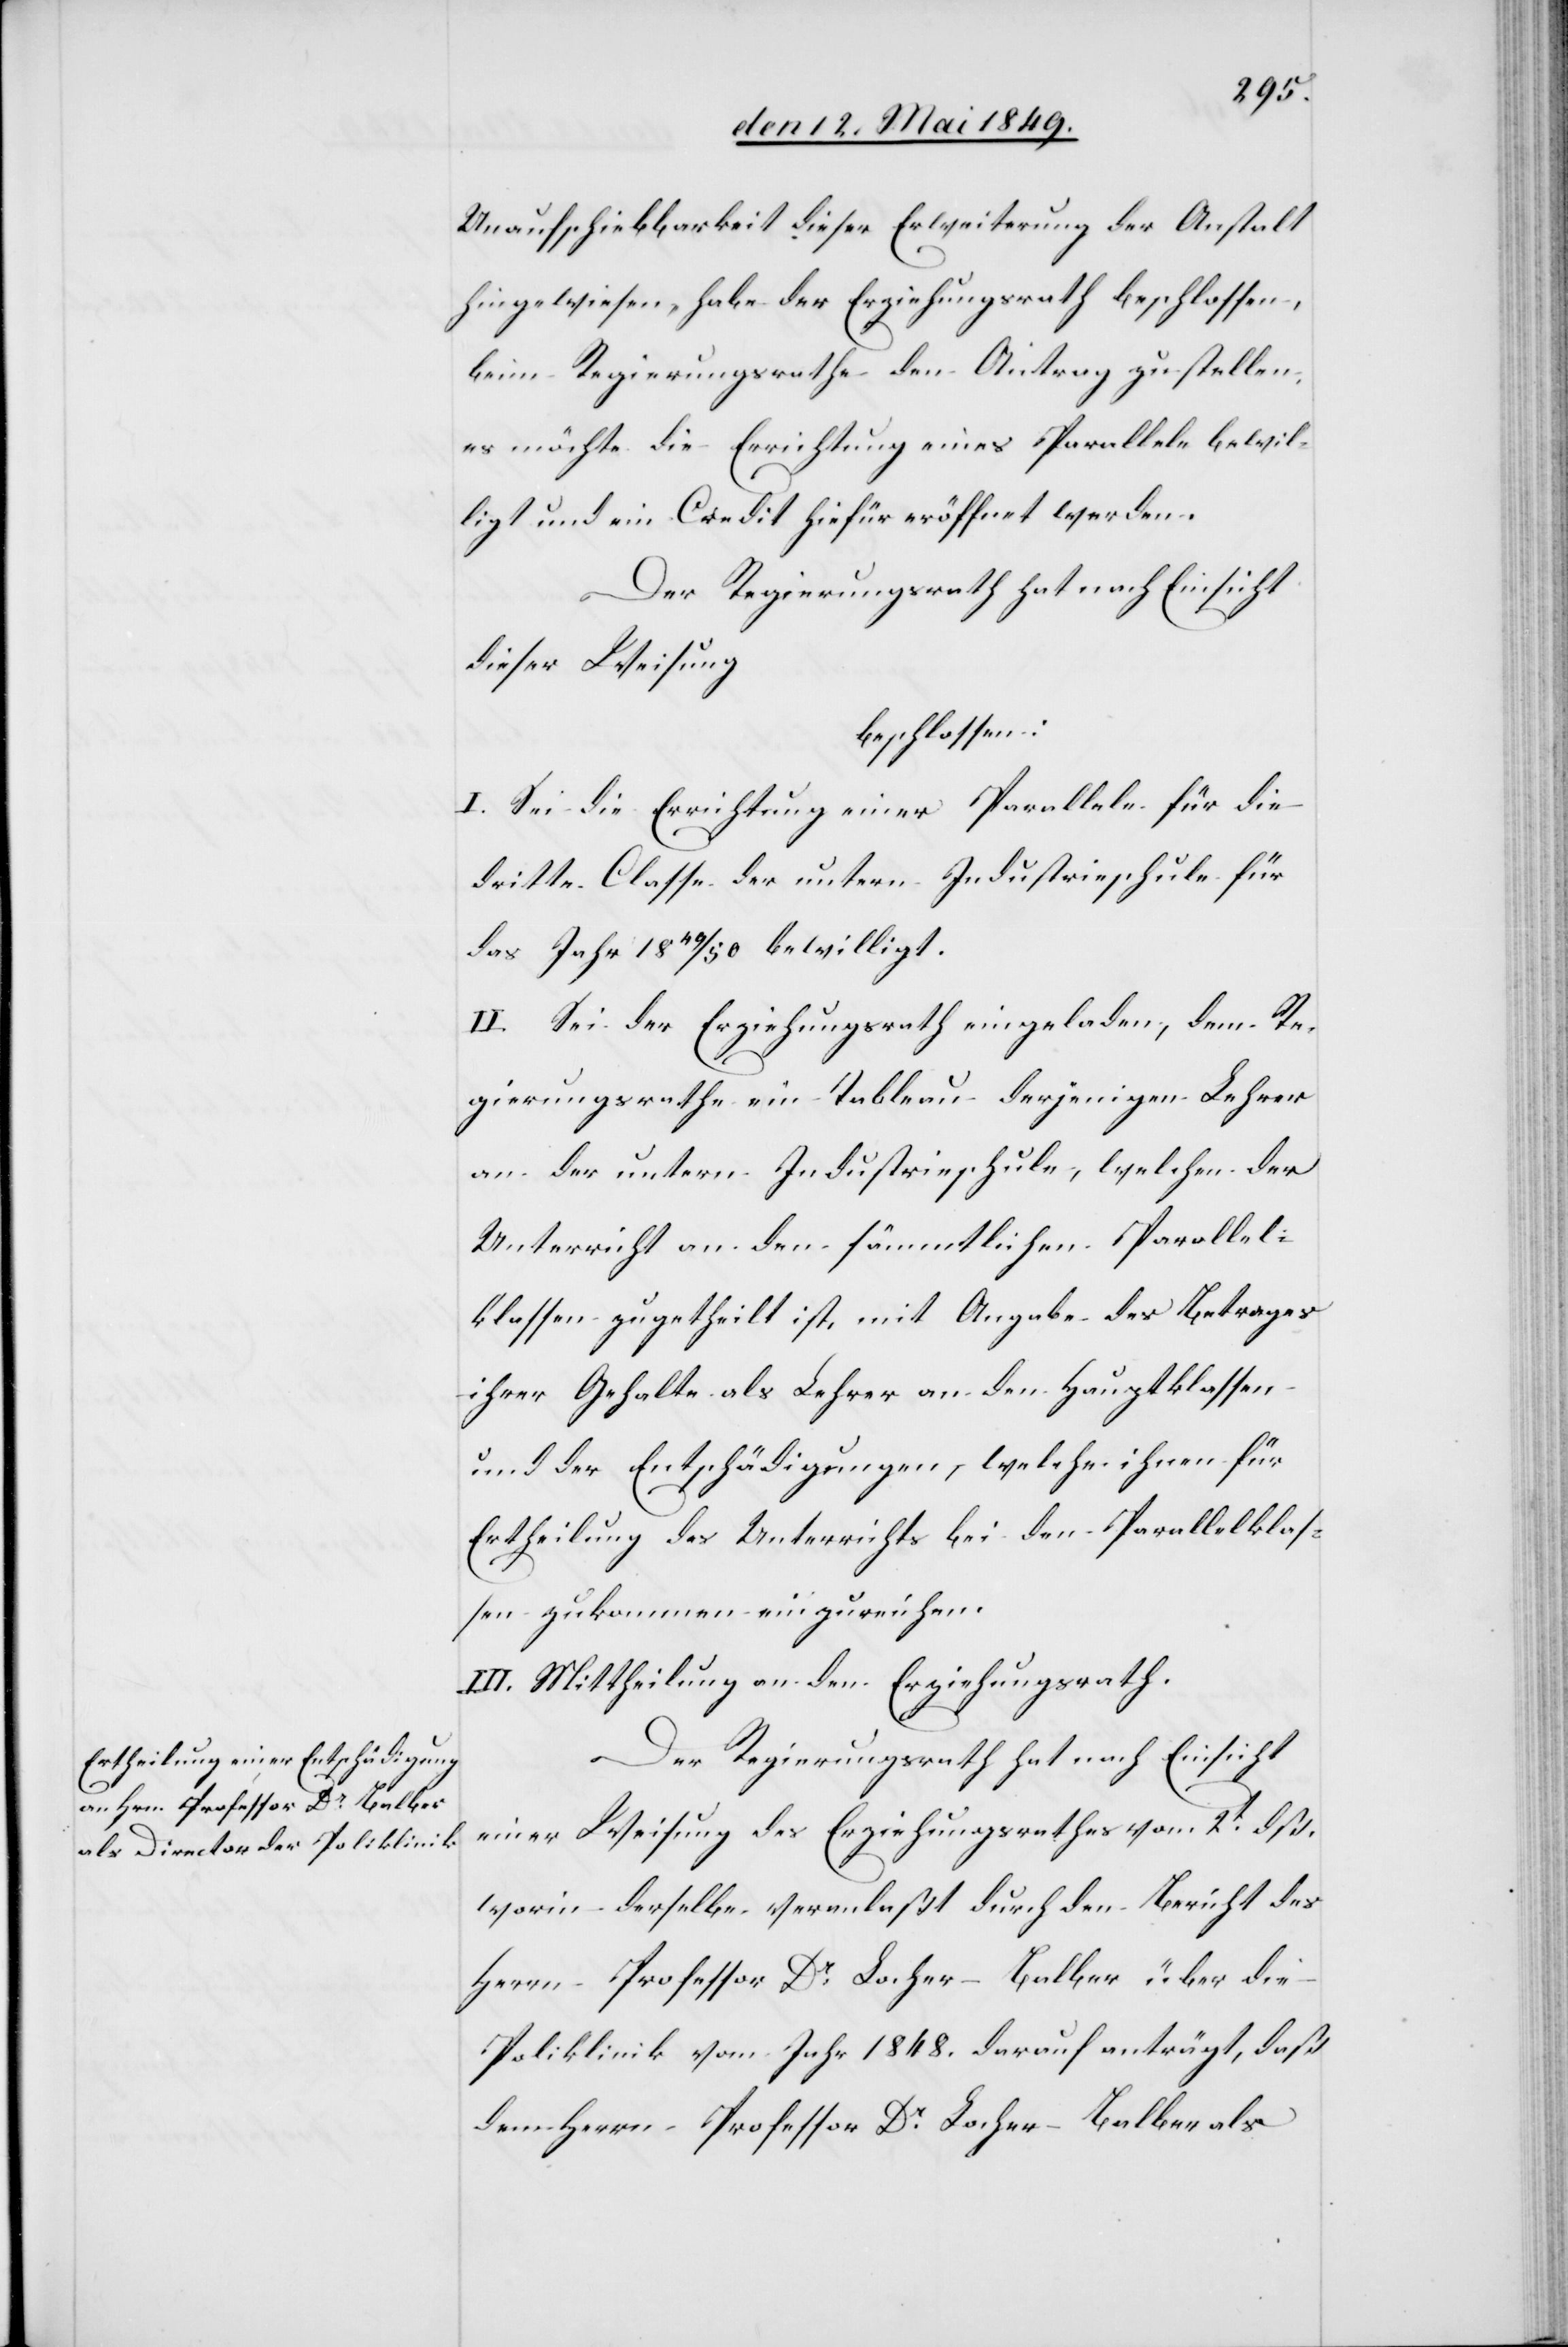
Unaufschiebbarkeit dieser Erweiterung der Anstalt
hingewiesen, habe der Erziehungsrath beschlossen,
beim Regierungsrathe den Antrag zu stellen,
es möchte die Errichtung einer Parallele bewil¬
ligt und ein Credit hiefür eröffnet werden.
Der Regierungsrath hat nach Einsicht
dieser Weisung
beschlossen:
I. Sei die Errichtung einer Parallele für die
dritte Classe der untern Industrieschule für
das Jahr 1849/50 bewilligt.
II. Sei der Erziehungsrath eingeladen, dem Re¬
gierungsrathe ein Tableau derjenigen Lehrer
an der untern Industrieschule, welchen der
Unterricht an den sämmtlichen Parallel¬
klassen zugetheilt ist, mit Angabe des Betrages
ihrer Gehalte als Lehrer an den Hauptklassen
und der Entschädigungen, welche ihnen für
Ertheilung des Unterrichts bei den Parallelklas¬
sen zukommen einzureichen.
III. Mittheilung an den Erziehungsrath.
Der Regierungsrath hat nach Einsicht
einer Weisung des Erziehungsrathes vom 2t dß.
worin derselbe veranlaßt durch den Bericht des
Herrn Professor Dr Locher-Balber über die
Poliklinik vom 1848. darauf anträgt, daß
dem Herrn Professor Dr Locher-Balber als